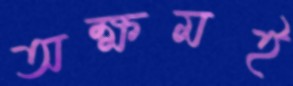
অক্ষমই